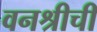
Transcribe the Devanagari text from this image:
वनश्रीची